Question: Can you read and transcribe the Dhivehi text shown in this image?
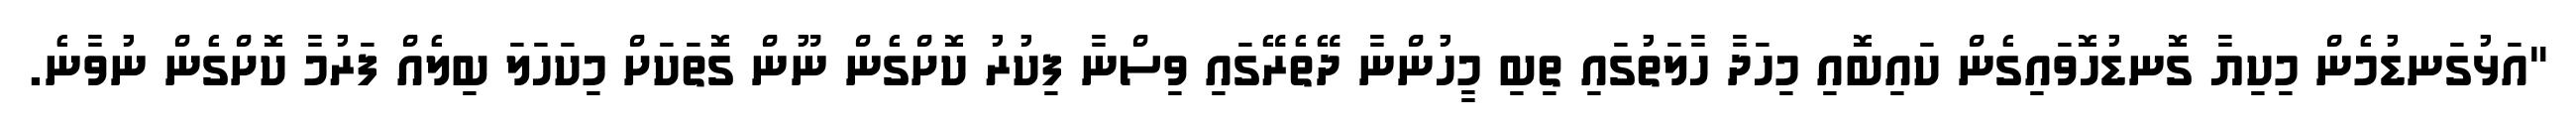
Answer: "އަޅުގަނޑުމެން މިކިޔާ ގޮނޑުހޮވައިގެން ކައިބޮއި މިހަދާ ހާލަތުގައި ތިބި މީހުންނާ ދޭތެރޭގައި ވިސްނާ ފިކުރު ކޮށްގެން ނޫން ގޮަތަކަށް މިކަހަލަ ބިލެއް ފަރުމާ ކޮށްގެން ނުވާނެ.